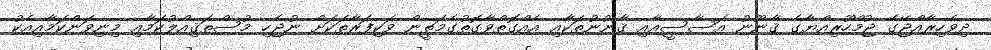
ދިވެހިރާއްޖޭގެ ޖުމްހޫރިއްޔާގެ ޤާނޫނު އަސާސީއާއި ޤާނޫނުތަކާއި އެއްގޮތްވާގޮތުގެމަތީން ވަކިފަރާތަކަށް ނުޖެހި މުސްތަޤިއްލުކަމާއި މިނިވަންކަމާއިއެކު